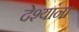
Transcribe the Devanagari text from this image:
देश्यांना